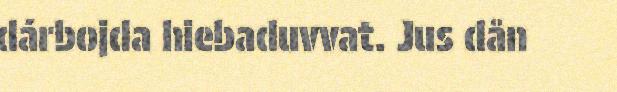
dárbojda hiebaduvvat. Jus dån